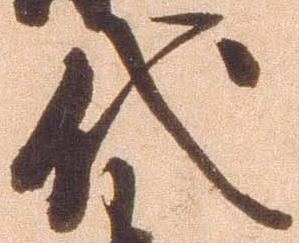
代